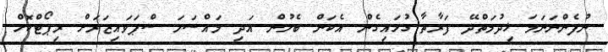
ނުފެންނަނަމަ ޚިދުމަތްދޭ ފަރާތާ ގުޅައިގެން އެކަން ބެލުން އަދި މައްސަލަ ސްޕަވައިޒަރަށް ރިޕޯޓްކޮށް